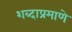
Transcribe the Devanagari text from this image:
शब्दाप्रमाणे